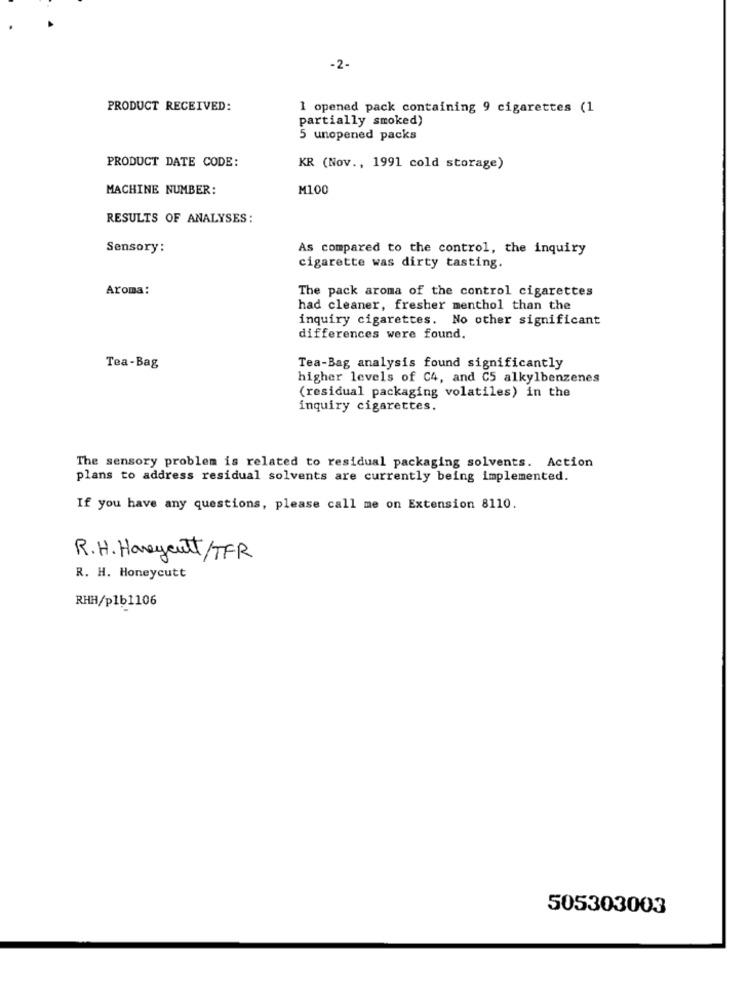
-2.
PRODUCT RECEIVED:
1 opened pack containing 9 cigarettes (1
partially smoked)
5 unopened packs
PRODUCT DATE CODE:
KR (Nov ., 1991 cold storage)
MACHINE NUMBER:
M100
RESULTS OF ANALYSES:
Sensory:
As compared to the control, the inquiry
cigarette was dirty tasting.
Aroma:
The pack aroma of the control cigarettes
had cleaner, fresher menthol than the
inquiry cigarettes. No other significant
differences were found.
Tea-Bag
Tea-Bag analysis found significantly
higher levels of C4, and C5 alkylbenzenes
(residual packaging volatiles) in the
inquiry cigarettes.
The sensory problem is related to residual packaging solvents. Action
plans to address residual solvents are currently being implemented.
If you have any questions, please call me on Extension 8110.
R.H. Honeycutt/TFR
R. H. Honeycutt
RHH/p1b1106
505303003